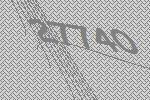
27740